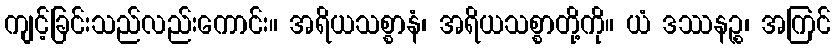
ကျင့်ခြင်းသည်လည်းကောင်း။ အရိယသစ္စာနံ၊ အရိယသစ္စာတို့ကို။ ယံ ဒဿနဉ္စ၊ အကြင်